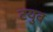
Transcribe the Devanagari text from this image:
टयुब